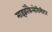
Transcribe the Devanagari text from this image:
माइक्रोकैलोरीमीटर